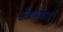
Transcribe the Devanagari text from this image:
सैलामांडरों